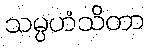
သမ္ပဟံသိတာ